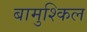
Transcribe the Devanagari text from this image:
बामुश्किल